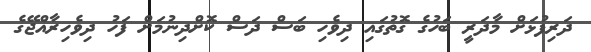
ދަރިފުޅަށް މާދަރީ ބަހުގެ ގޮތުގައި ދިވެހި ބަސް ދަސް ކޮށްދިނުމަށް ފަހު ދިވެހިރާއްޖޭގެ